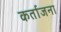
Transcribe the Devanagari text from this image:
कर्ताजना